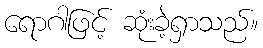
ရောဂါဖြင့် ဆုံးခဲ့ရှာသည်။